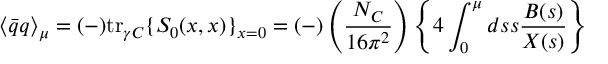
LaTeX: \langle { \bar { q } } q \rangle _ { \mu } = ( - ) { \mathrm { t r } } _ { \gamma C } \{ S _ { 0 } ( x , x ) \} _ { x = 0 } = ( - ) \left( \frac { N _ { C } } { 1 6 \pi ^ { 2 } } \right) \left\{ 4 \int _ { 0 } ^ { \mu } d s s \frac { B ( s ) } { X ( s ) } \right\}